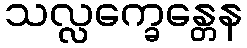
သလ္လက္ခေန္တေန